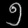
Digit: ၅